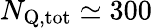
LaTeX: N_{\mathrm{Q,tot}}\simeq 300